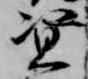
資